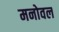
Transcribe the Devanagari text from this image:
मनोवल